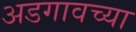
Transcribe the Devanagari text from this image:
अडगावच्या